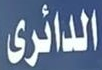
الدائرى